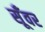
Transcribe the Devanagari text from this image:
सूँवर